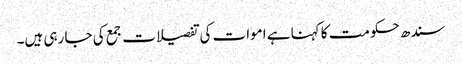
سندھ حکومت کا کہنا ہے اموات کی تفصیلات جمع کی جا رہی ہیں۔